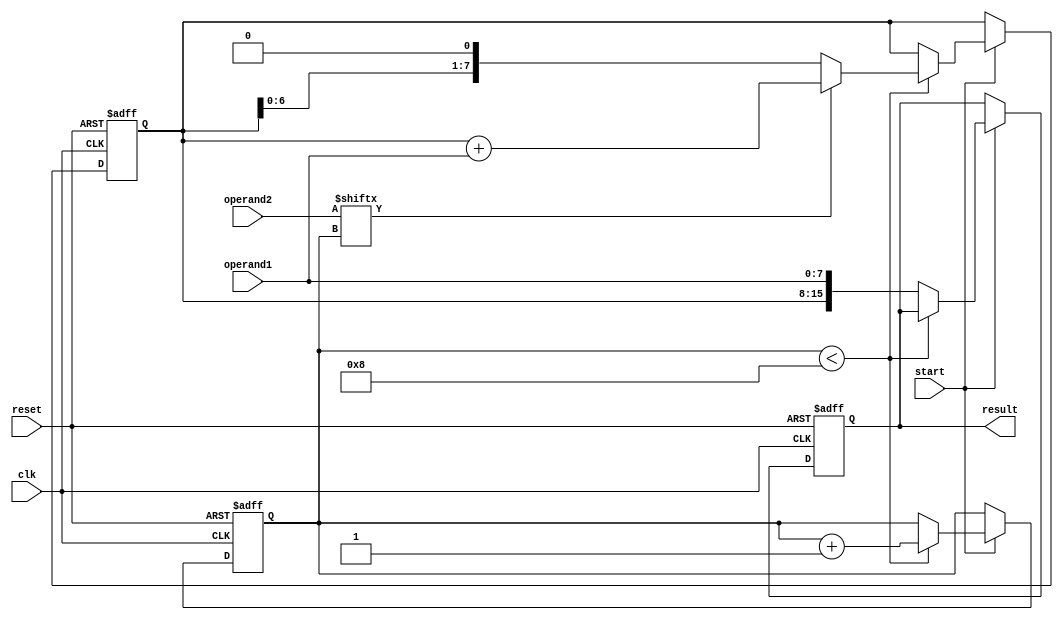
module unsigned_multiplier(
input wire clk,
input wire reset,
input wire start,
input wire [7:0] operand1,
input wire [7:0] operand2,
output reg [15:0] result
);

reg [7:0] product_reg;
reg [3:0] count;

always @(posedge clk or posedge reset)
begin
 if (reset)
 begin
  count <= 4'd0;
  product_reg <= 8'd0;
  result <= 16'd0;
 end
 else if (start)
 begin
  if (count < 4'd8)
  begin
   product_reg <= {product_reg[6:0], 1'b0};
   if (operand2[count])
    product_reg <= product_reg + operand1;
   count <= count + 1;
  end
  else
  begin
   result <= {product_reg, operand1};
  end
 end
end

endmodule